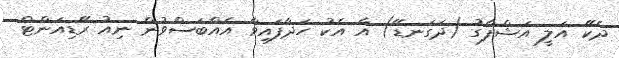
ދެކޭ އަލީ އަޝްފާގު (ދަގަނޑޭ) އާ އެކު ހަދާފައިވާ އެއްބަސްވުން ނިއު ރޭޑިއަންޓް